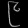
Digit: ၉